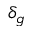
\delta _ { g }